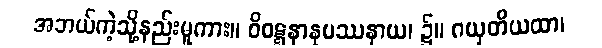
အဘယ်ကဲ့သို့နည်းမူကား။ ဝိဝဋ္ဋနာနုပဿနာယ၊ ၌။ ဂယှတိယထာ၊